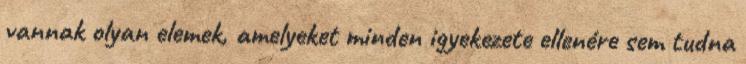
vannak olyan elemek, amelyeket minden igyekezete ellenére sem tudna